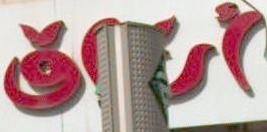
أن